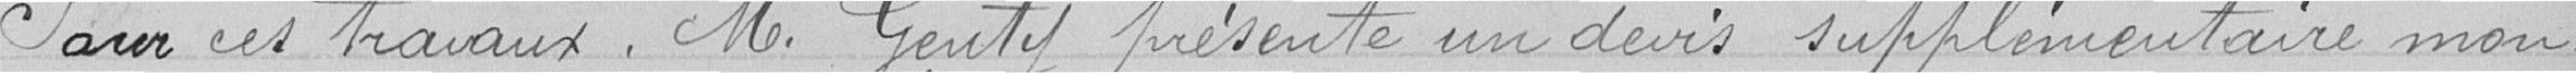
Pour ces travaux, M. GENTY présente un devis supplémentaire mon-